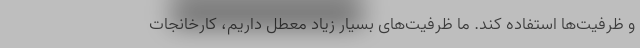
و ظرفیت‌ها استفاده کند. ما ظرفیت‌های بسیار زیاد معطل داریم، کارخانجات